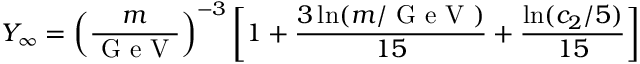
Y _ { \infty } = \left( \frac { m } { \textrm { G e V } } \right) ^ { - 3 } \left[ 1 + \frac { 3 \ln ( m / \textrm { G e V } ) } { 1 5 } + \frac { \ln ( c _ { 2 } / 5 ) } { 1 5 } \right]